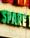
spare